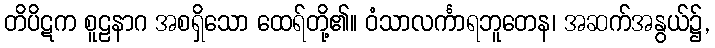
တိပိဋက စူဠနာဂ အစရှိသော ထေရ်တို့၏။ ဝံသာလင်္ကာရဘူတေန၊ အဆက်အနွယ်၌,